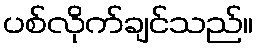
ပစ်လိုက်ချင်သည်။